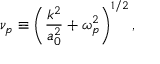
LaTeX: \nu _ { p } \equiv \left( \frac { k ^ { 2 } } { a _ { 0 } ^ { 2 } } + \omega _ { p } ^ { 2 } \right) ^ { 1 / 2 } ,